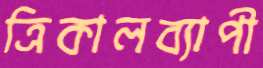
ত্রিকালব্যাপী